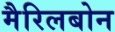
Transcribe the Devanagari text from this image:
मैरिलबोन